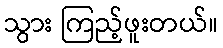
သွား ကြည့်ဖူးတယ်။